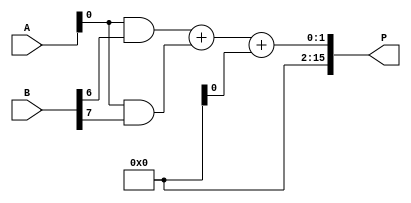
module wallace_tree_multiplier #(
    parameter N = 8 // Size of operands
)(
    input [N-1:0] A, // Multiplicand
    input [N-1:0] B, // Multiplier
    output reg [2*N-1:0] P // Product
);

    // Partial product generation
    wire [N-1:0] pp [0:N-1]; // Partial products
    genvar i;
    generate
        for (i = 0; i < N; i = i + 1) begin : gen_partial_products
            assign pp[i] = A & {N{B[i]}}; // AND each bit of B with A
        end
    endgenerate

    // Wallace tree reduction
    wire [N-1:0] sum [0:N-1]; // Sums at each level
    wire [N-1:0] carry [0:N-1]; // Carries at each level

    // Initial stage: First level of reduction
    generate
        for (i = 0; i < N-1; i = i + 1) begin : reduce_stage_1
            if (i % 2 == 0) begin
                assign {carry[i], sum[i]} = pp[i] + pp[i+1]; // Full adder for pairs
            end else begin
                assign sum[i] = pp[i]; // Pass through
                assign carry[i] = 0; // No carry
            end
        end
    endgenerate

    // Second stage of reduction
    wire [N-1:0] final_sum;
    wire [N-1:0] final_carry;

    generate
        for (i = 0; i < N-1; i = i + 1) begin : reduce_stage_2
            if (i < N/2) begin
                assign {final_carry[i], final_sum[i]} = sum[i] + carry[i]; // Full adder
            end else begin
                assign final_sum[i] = sum[i]; // Pass through
                assign final_carry[i] = 0; // No carry
            end
        end
    endgenerate

    // Final addition stage
    always @(*) begin
        P = {final_carry[N-2], final_sum[N-2]} + {1'b0, final_sum[N-1]}; // Final addition
    end

endmodule